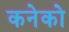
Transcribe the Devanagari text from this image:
कनेको